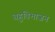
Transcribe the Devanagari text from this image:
बहुविभाजन